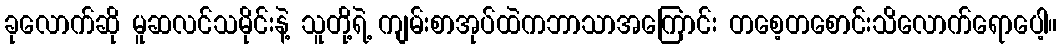
ခုလောက်ဆို မူဆလင်သမိုင်းနဲ့ သူတို့ရဲ့ ကျမ်းစာအုပ်ထဲကဘာသာအကြောင်း တစေ့တစောင်းသိလောက်ရောပေါ့။